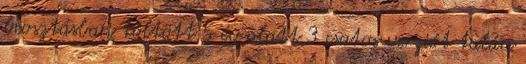
beosztásban töltött 5 év alatt 3 csatos verziót talán